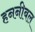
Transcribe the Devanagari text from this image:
हननीबल